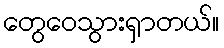
တွေဝေသွားရှာတယ်။